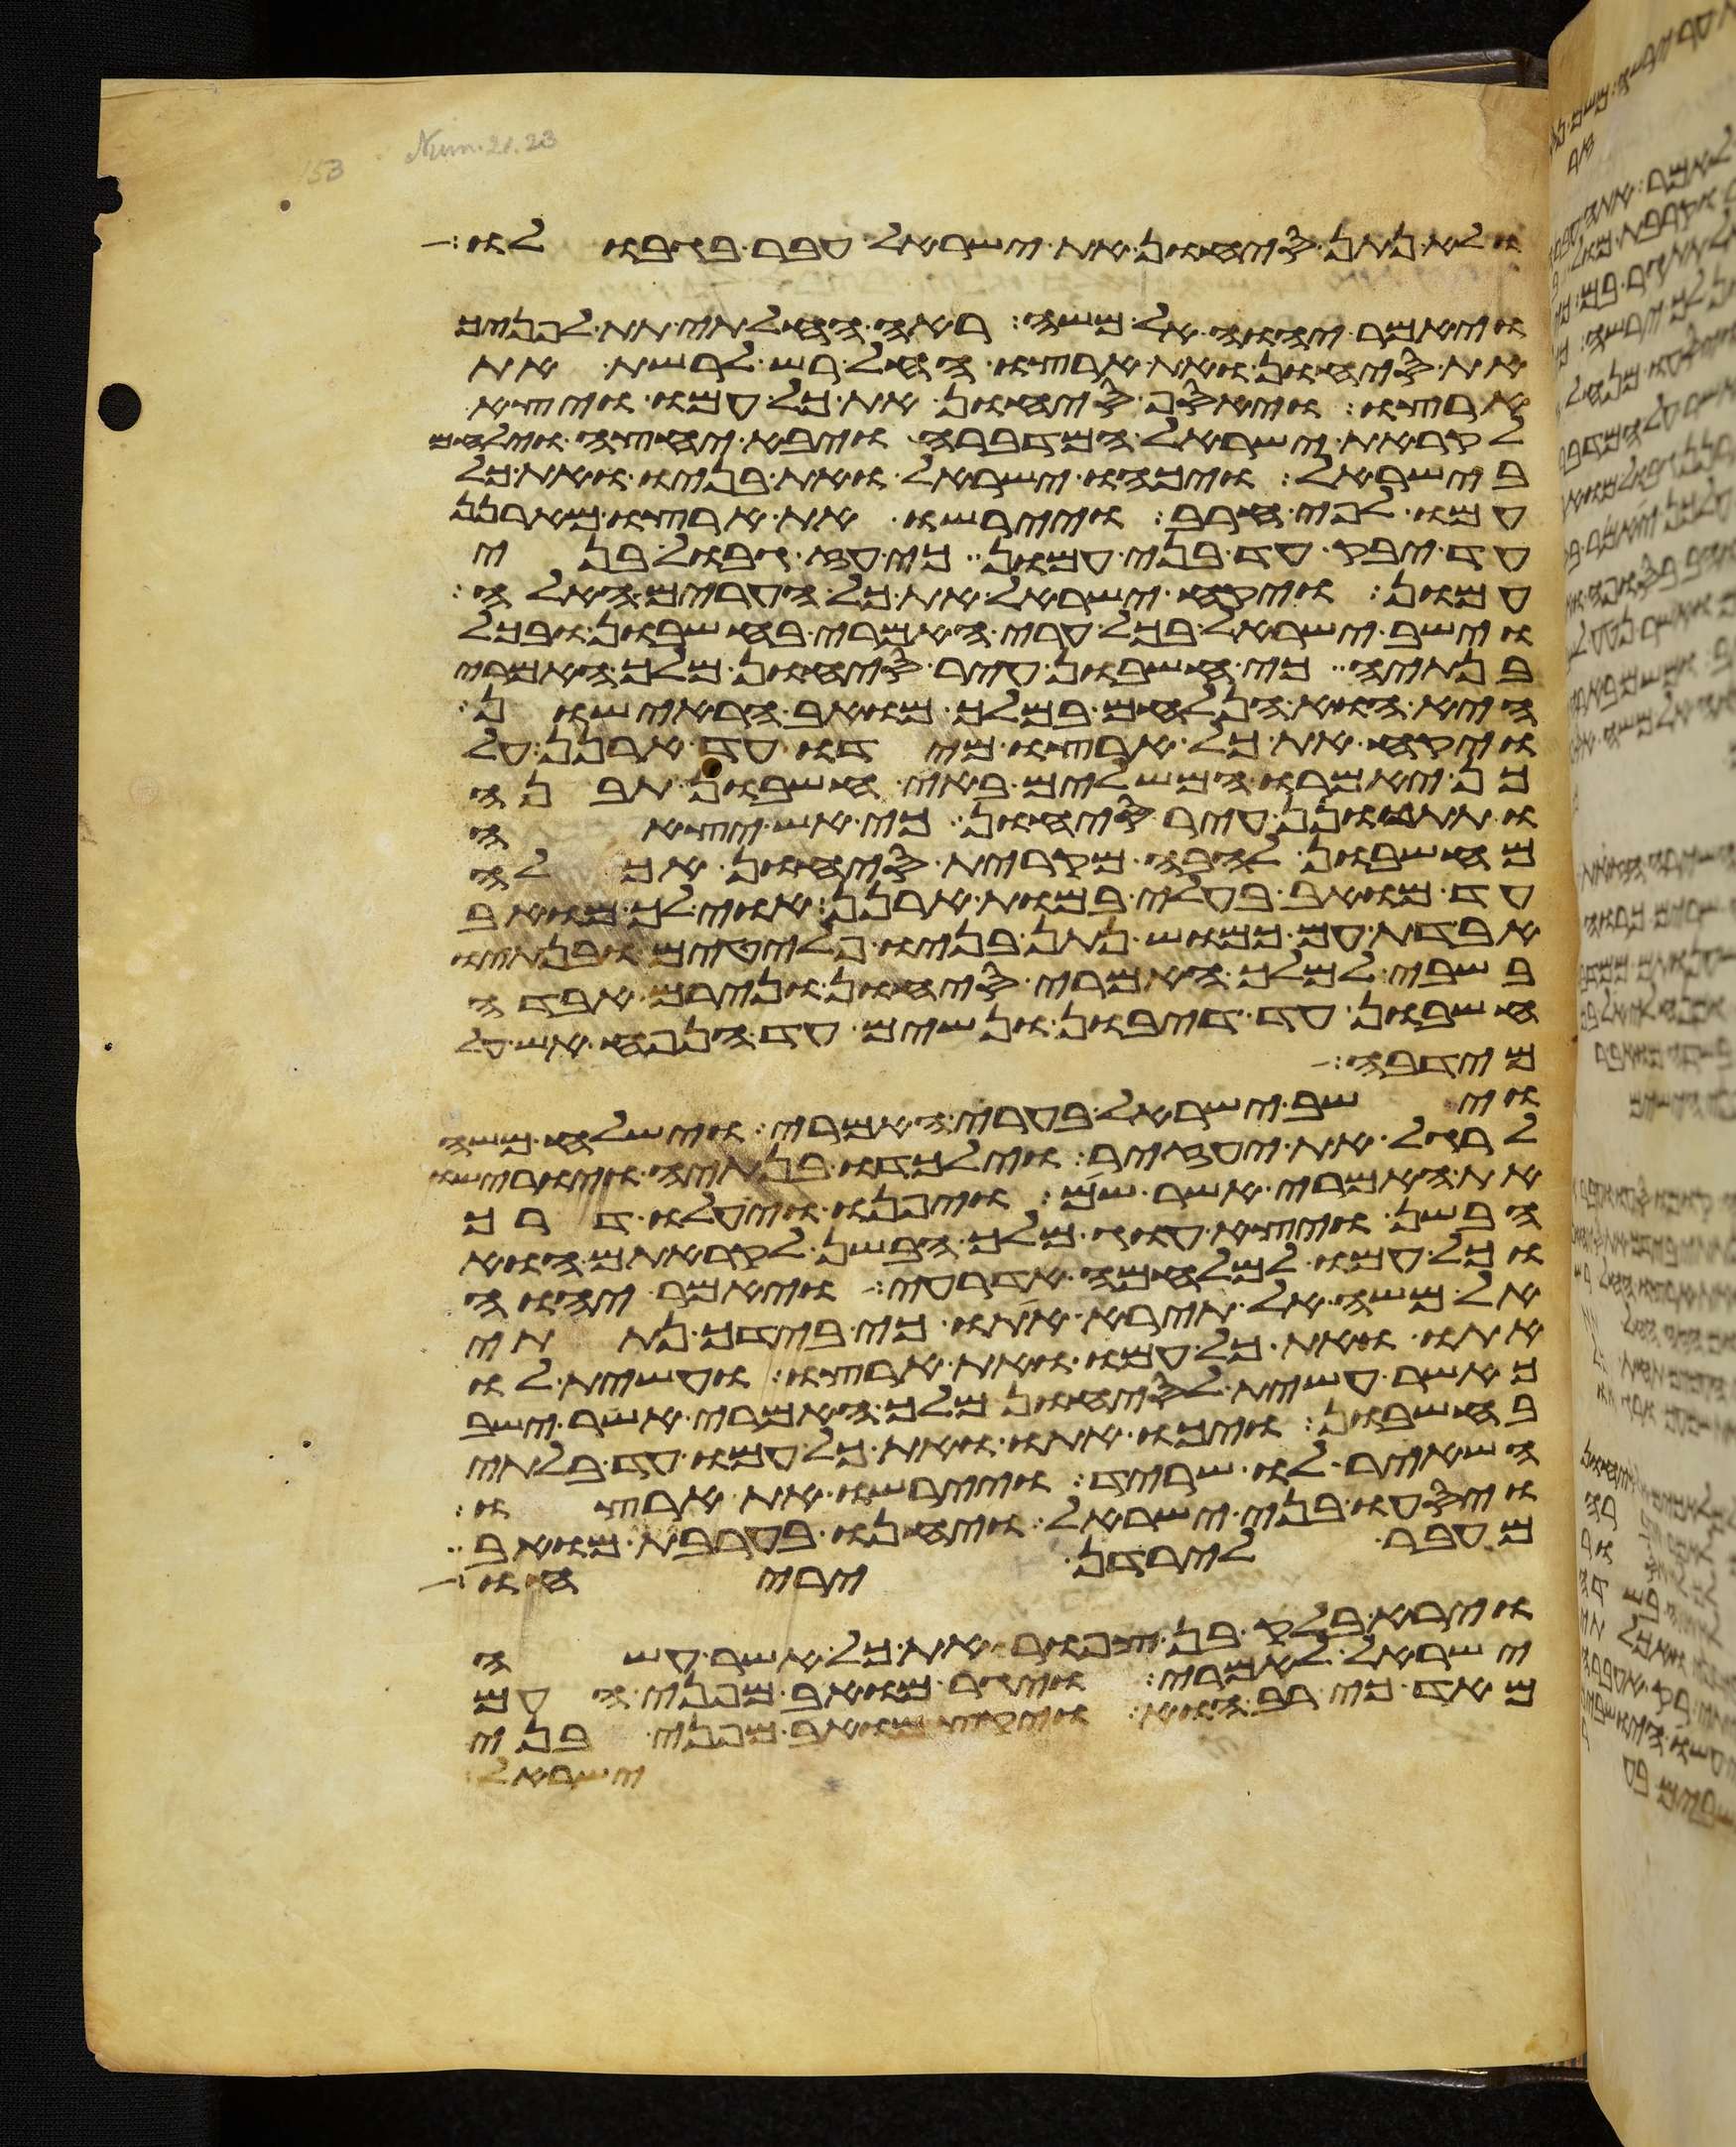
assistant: ולא נתן סיחון את ישראל עבר בגבולו
ויאמר יהוה אל משה ראה החלתי תת לפניך
את סיחון ואת ארצו החל רש לרשת את
ארצו ויאסף סיחון את כל עמו ויצא
לקראת ישראל המדברה ויבא יחצה וילחם
בישראל ויכהו ישראל ואת בניו ואת כל
עמו לפי חרב ויירשו את ארצו מארנן
עד יבק עד בני עמון כי עז גבול בני
עמון ויקח ישראל את כל הערים האלה
וישב ישראל בכל ערי האמרי בחשבון ובכל
בנתיה כי חשבון עיר סיחון מלך האמרי
היא והוא הנלחם במלך מואב הראישון
ויקח את כל ארצו מידו עד ארנן על
כן יאמרו המשלים באי חשבון תבנה
ותתכונן עיר סיחון כי אש יצאה
מחשבון להבה מקרית סיחון אכלה
עד מואב בעלי במות ארנן אוי לך מואב
אבדת עם כמוש נתן בניו פלטים ובנתיו
בשבי למלך האמרי סיחון ונירם אבדה
חשבון עד דיבון ונשים עד הנפח אש על
מריבה
וישב ישראל בערי האמרי וישלח משה
לרגל את יעזיר וילכדו בנתיה ויורישו
את האמרי אשר שם ויפנו ויעלו דרך
הבשן ויצא עוג מלך הבשן לקראתם הוא
וכל עמו למלחמה אדרעי ויאמר יהוה
אל משה אל תירא אתו כי בידך נתתי
אתו ואת כל עמו ואת ארצו ועשית לו
כאשר עשית לסיחון מלך האמרי אשר ישב
בחשבון ויכו אתו ואת כל עמו עד בלתי
השאיר לו שריד ויירשו את ארצו
ויסעו בני ישראל ויחנו בערבת מואב
מעבר לירדן יריחו
וירא בלק בן צפור את כל אשר עשה
ישראל לאמרי ויגר מואב מפני העם
מאד כי רב הוא ויקץ מואב מפני בני
ישראל